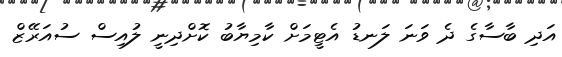
އަދި ބާސާގެ ދެ ވަނަ ލަނޑު އެޓީމަށް ކާމިޔާބު ކޮށްދިނީ ލުއިސް ސުއަރޭޒް